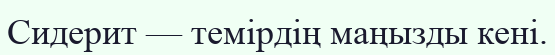
Сидерит — темірдің маңызды кені.